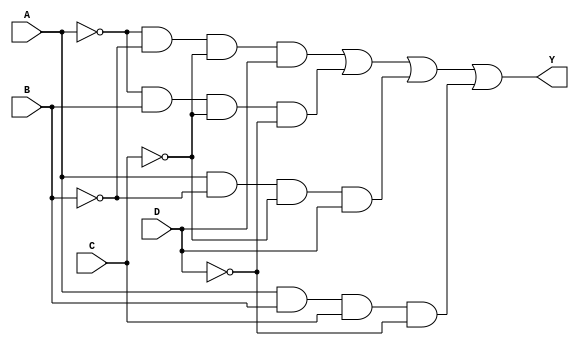
module combinational_logic (
    input wire A,  // Input A
    input wire B,  // Input B
    input wire C,  // Input C
    input wire D,  // Input D
    output wire Y  // Output Y
);

// SOP Implementation
// Assuming the function Y = A'B'C'D + A'BC'D' + AB'C'D + ABCD' (minterms: 0, 2, 4, 8)
wire A_not = ~A;  // NOT A
wire B_not = ~B;  // NOT B
wire C_not = ~C;  // NOT C
wire D_not = ~D;  // NOT D

// Minterms
wire minterm1 = A_not & B_not & C_not & D;   // A'B'C'D
wire minterm2 = A_not & B & C_not & D_not;   // A'BC'D'
wire minterm3 = A & B_not & C_not & D;       // AB'C'D
wire minterm4 = A & B & C & D_not;           // ABCD'

// Final output Y
assign Y = minterm1 | minterm2 | minterm3 | minterm4; // OR of all minterms

endmodule